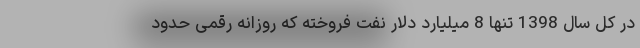
در کل سال 1398 تنها 8 میلیارد دلار نفت فروخته که روزانه رقمی حدود